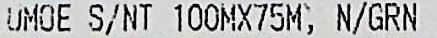
UMOE S/NT 100MX75M, N/GRN